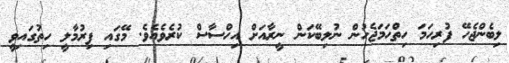
ލިބެންޖެހޭ ފުރިހަމަ ހިތްހަމަޖެހުން ނުލިބޭކަން ނީރާއަށް އިހްސާސް ކުރެވެއެވެ. މޭގައި ފިރުމާލީ ހިތުގައިވީ